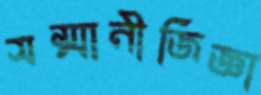
সম্মানীজিজ্ঞা